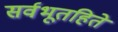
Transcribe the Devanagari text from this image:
सर्वभूतहिते